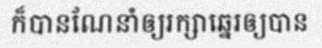
ក៏បានណែនាំឲ្យរក្សាឆ្នេរឲ្យបាន